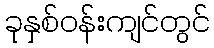
ခုနှစ်ဝန်းကျင်တွင်